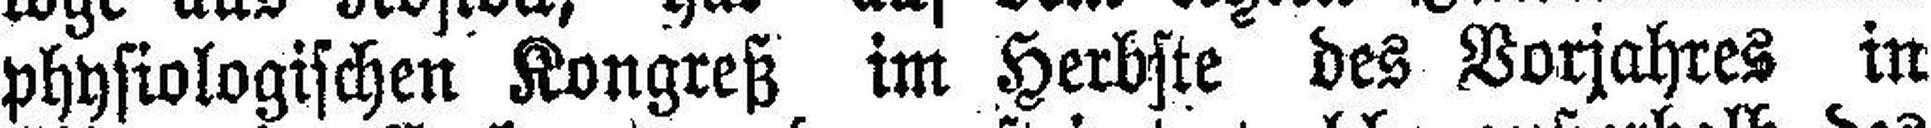
physiologischen Kongreß im Herbste des Vorjahres in